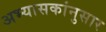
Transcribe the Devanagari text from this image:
अभ्यासकांनुसार